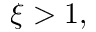
\xi > 1 ,